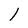
Character: 1